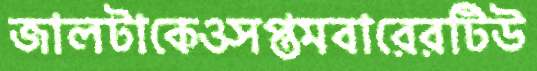
জালটাকেওসপ্তমবারেরটিউ